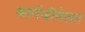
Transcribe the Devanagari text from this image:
कार्नेजीमेलन